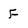
Character: F